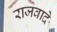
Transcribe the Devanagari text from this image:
राजवादे